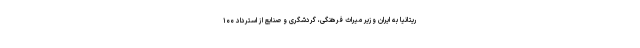
ریتانیا به ایران وزیر میراث فرهنگی، گردشگری و صنایع از استرداد ۱۰۰